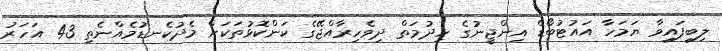
ލިބިފައިވާ ޔަމަހާ އައުޓުބޯޑް އިންޖީނުގެ ހިދުމަތް ދިވެހިރާއްޖޭގެ ކަންކޮޅުތަކަށް މެދުކެނޑުމެއްނެތި 43 އަހަރު